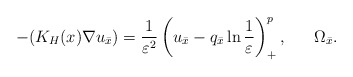
\begin{align*}-(K_H(x)\nabla u_{\bar{x}})=\frac{1}{\varepsilon^2} \left( u_{\bar{x}}-q_{\bar{x}}\ln\frac{1}{\varepsilon}\right) ^{p}_+,\ \ \ \ \ \Omega_{\bar{x}}.\end{align*}